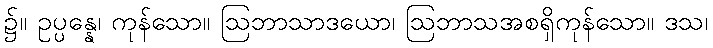
၌။ ဥပ္ပန္နေ၊ ကုန်သော။ ဩဘာသာဒယော၊ ဩဘာသအစရှိကုန်သော။ ဒသ၊